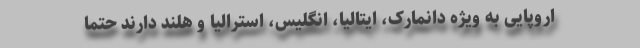
اروپایی به ویژه دانمارک، ایتالیا، انگلیس، استرالیا و هلند دارند حتما